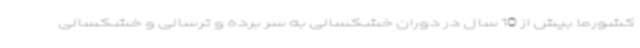
کشورما بیش از 10 سال در دوران خشکسالی به سر برده و ترسالی و خشکسالی